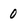
Character: 0